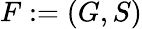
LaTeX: F:=(G,S)